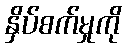
နှိပ်စက်မှုကို